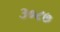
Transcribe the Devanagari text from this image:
३०८७